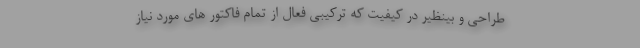
طراحی و بینظیر در کیفیت که ترکیبی فعال از تمام فاکتور های مورد نیاز